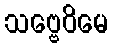
သဗ္ဗေဝိမေ